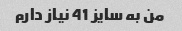
من به سایز 41 نیاز دارم